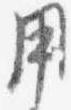
用